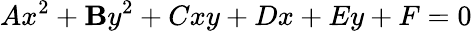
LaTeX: Ax^{2}+\mathbf{B}y^{2}+Cxy+Dx+Ey+F=0